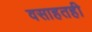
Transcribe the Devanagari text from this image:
वसाहतही